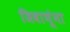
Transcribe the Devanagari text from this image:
जिवाणूंना